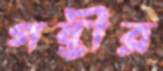
গম্ভীর